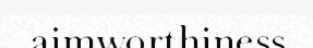
aimworthiness